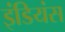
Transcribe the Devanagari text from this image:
इंडियंस